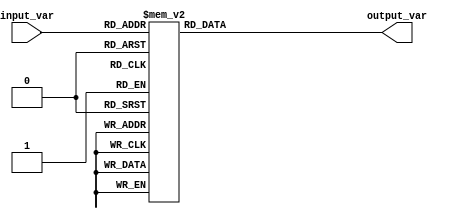
module simple_case(
    input wire [2:0] input_var,
    output reg [3:0] output_var
);

always @*
begin
    case(input_var)
        3'b000: output_var = 4'b0000;
        3'b001: output_var = 4'b0001;
        3'b010: output_var = 4'b0010;
        3'b011: output_var = 4'b0011;
        3'b100: output_var = 4'b0100;
        3'b101: output_var = 4'b0101;
        3'b110: output_var = 4'b0110;
        3'b111: output_var = 4'b0111;
        default: output_var = 4'b1111;
    endcase
end

endmodule